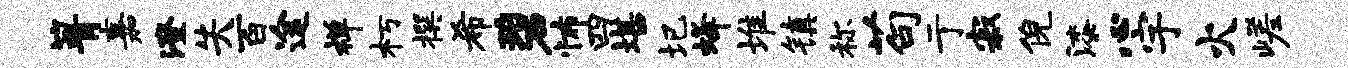
箐嘉澄失百途禅朽撰希碧怖四堪圮蜂堆镇称苟亍寂倪漆心宇火嵯